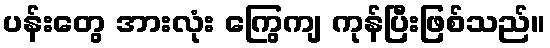
ပန်းတွေ အားလုံး ကြွေကျ ကုန်ပြီးဖြစ်သည်။